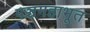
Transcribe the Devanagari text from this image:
पञ्चमहाभूत